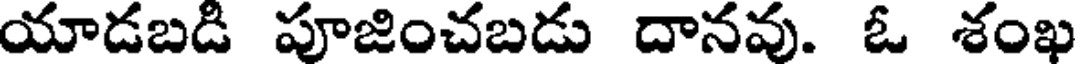
యాడబడి పూజించబడు దానవు. ఓ శంఖ